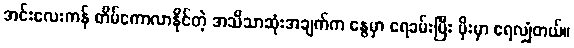
အင်းလေးကန် တိမ်ကောလာနိုင်တဲ့ အသိသာဆုံးအချက်က နွေမှာ ရေခမ်းပြီး မိုးမှာ ရေလျှံတယ်။